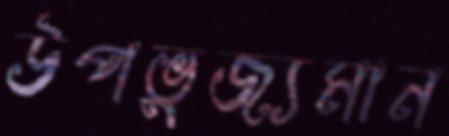
উপভুজ্যমান